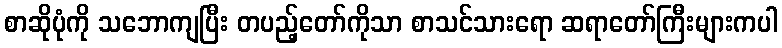
စာဆိုပုံကို သဘောကျပြီး တပည့်တော်ကိုသာ စာသင်သားရော ဆရာတော်ကြီးများကပါ